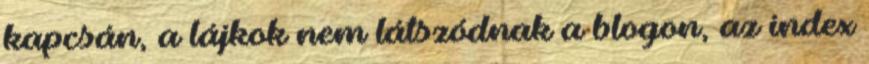
kapcsán, a lájkok nem látszódnak a blogon, az index